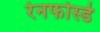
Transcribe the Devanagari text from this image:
रेनफोर्स्ड